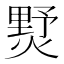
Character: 𤍓